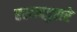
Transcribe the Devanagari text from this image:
एखाददुसरे